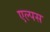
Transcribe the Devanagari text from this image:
एल्पस